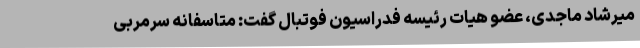
میرشاد ماجدی، عضو هیات رئیسه فدراسیون فوتبال گفت: متاسفانه سرمربی